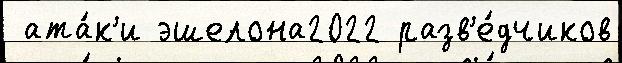
 ата́к'и эшелона2022 разв'е́дчиков